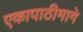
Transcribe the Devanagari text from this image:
एकापाठीमागे